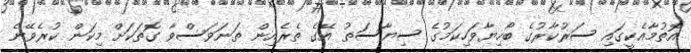
އޮތުމާއެކީގައި ސަރުކާރުގެ ބޯހިޔާވަހިކަމުގެ ސިޔާސަތު އޭގެ ތެރެއިން ތަނަވަސްވާ ގޮތަކަށް މިކަން ކުރެވޭނެ